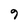
Character: 9